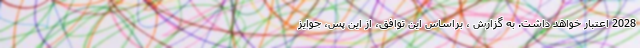
2028 اعتبار خواهد داشت. به گزارش ، براساس این توافق، از این پس، جوایز